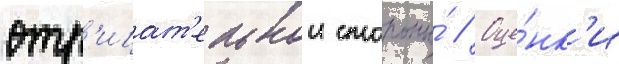
отр'ицат'ельнои стороны́ // Оце́нк'и